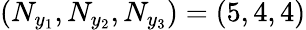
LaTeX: (N_{y_{1}},N_{y_{2}},N_{y_{3}})=(5,4,4)